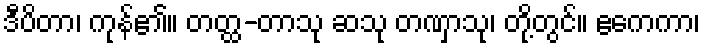
ဒီပိတာ၊ ကုန်၏။ တတ္ထ-တာသု ဆသု တဏှာသု၊ တို့တွင်။ ဧကေကာ၊